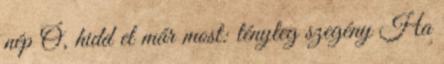
nép Ó, hidd el már most: tényleg szegény Ha